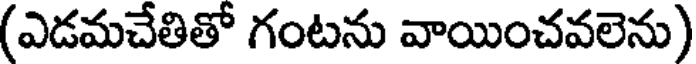
(ఎడమచేతితో గంటను వాయించవలెను)